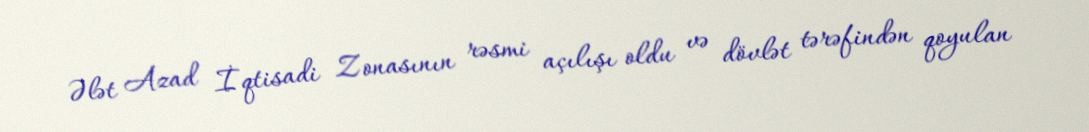
Ələt Azad İqtisadi Zonasının rəsmi açılışı oldu və dövlət tərəfindən qoyulan